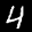
Label: 4